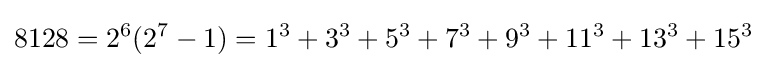
8128=2^{6}(2^{7}-1)=1^{3}+3^{3}+5^{3}+7^{3}+9^{3}+11^{3}+13^{3}+15^{3}